画像に写った文字を読んでください
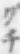
「グチ」と書いてあります